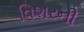
વિશરની